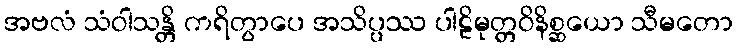
အဗလံ သံဝါသန္တိ ကရိတွာပေ အသိပ္ပဿ ပါဠိမုတ္တဝိနိစ္ဆယော သီမတော